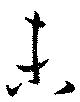
未